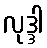
လုဒ္ဒါ